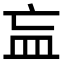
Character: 𥁃